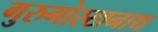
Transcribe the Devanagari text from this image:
गुरुगोरखनाथ